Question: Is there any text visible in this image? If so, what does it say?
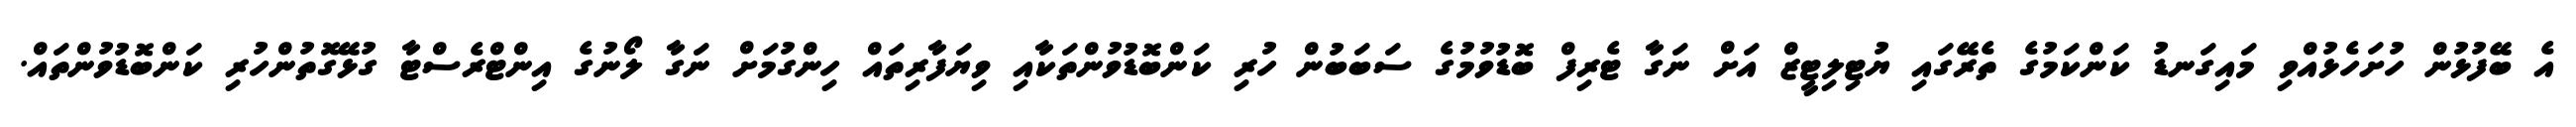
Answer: އެ ބޭފުޅުން ހުށަހެޅުއްވި މައިގަނޑު ކަންކަމުގެ ތެރޭގައި ޔުޓިލިޓީޒް އަށް ނަގާ ޓެރިފް ބޮޑުވުމުގެ ސަބަބުން ހުރި ކަންބޮޑުވުންތަކާއި ވިޔަފާރިތައް ހިންގުމަށް ނަގާ ލޯނުގެ އިންޓްރެސްޓާ ގުޅޭގޮތުންހުރި ކަންބޮޑުވުންތައް.